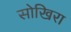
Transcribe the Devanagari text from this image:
सोखिरा